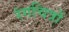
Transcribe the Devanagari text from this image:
रंगचित्रों